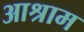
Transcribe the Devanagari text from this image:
आश्राम